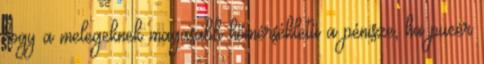
hogy a melegeknek magasabb hőmérsékletű a pénisze, ha pucér